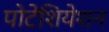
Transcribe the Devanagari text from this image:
पोटेंशियेशन